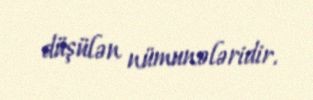
düşülən nümunələridir.